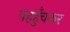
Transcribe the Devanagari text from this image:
पहहुँचकर